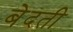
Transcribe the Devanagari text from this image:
बेदती